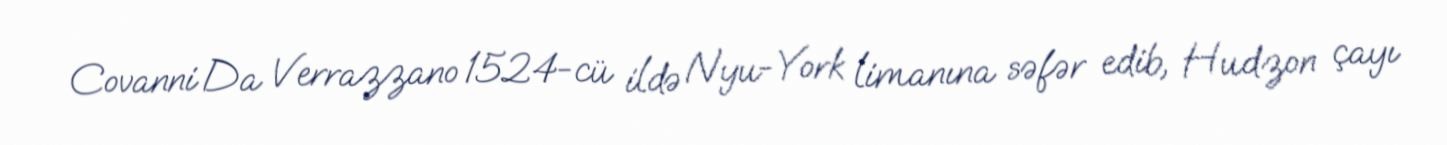
Covanni Da Verrazzano 1524-cü ildə Nyu-York limanına səfər edib, Hudzon çayı